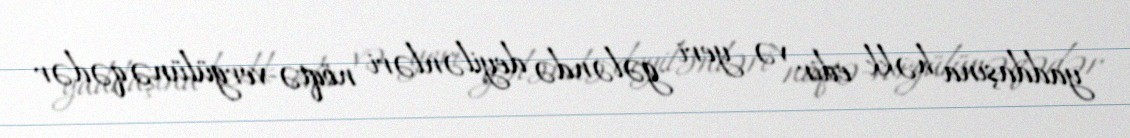
yaddaşına həkk edir və yeri gələndə deyilənləri nöqtə-vergülünə qədər